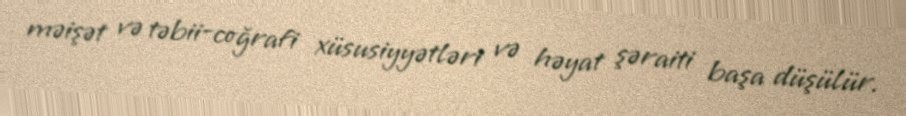
məişət və təbii-coğrafi xüsusiyyətləri və həyat şəraiti başa düşülür.